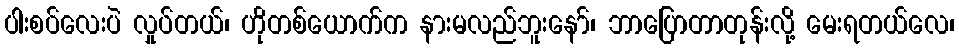
ပါးစပ်လေးပဲ လှုပ်တယ်၊ ဟိုတစ်ယောက်က နားမလည်ဘူးနော်၊ ဘာပြောတာတုန်းလို့ မေးရတယ်လေ၊